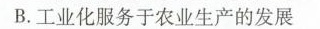
B.工业化服务于农业生产的发展